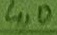
Text: 4,0